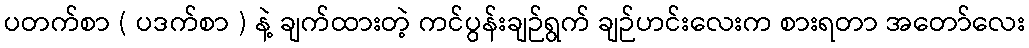
ပတက်စာ ( ပဒက်စာ ) နဲ့ ချက်ထားတဲ့ ကင်ပွန်းချဉ်ရွက် ချဉ်ဟင်းလေးက စားရတာ အတော်လေး